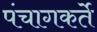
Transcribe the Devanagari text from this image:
पंचागकर्ते